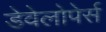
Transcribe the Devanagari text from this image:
डेवेलोपेर्स